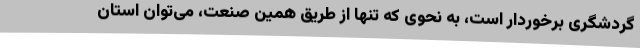
گردشگری برخوردار است، به نحوی که تنها از طریق همین صنعت، می‌توان استان